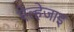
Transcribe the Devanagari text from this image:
ऐल्हेजाइ